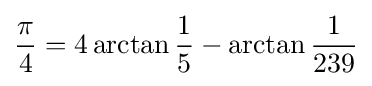
{\frac {\pi }{4}}=4\arctan {\frac {1}{5}}-\arctan {\frac {1}{239}}